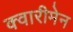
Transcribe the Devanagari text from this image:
क्वारीमेन